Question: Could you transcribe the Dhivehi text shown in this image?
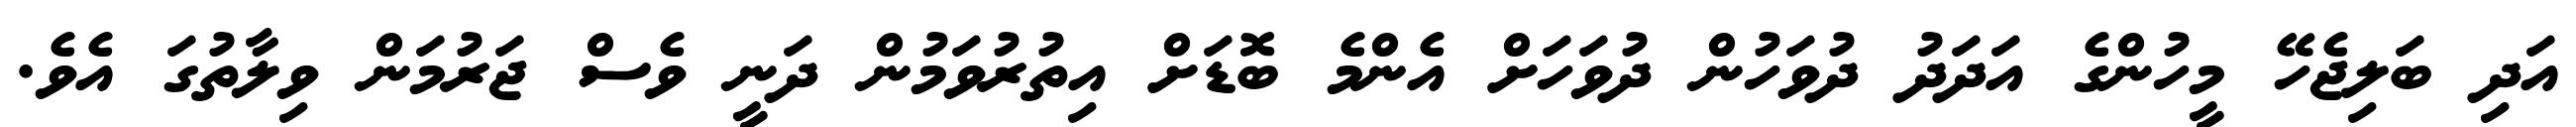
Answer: އަދި ބަލިޖެހޭ މީހުންގެ އަދަދު ދުވަހުން ދުވަހަށް އެންމެ ބޮޑަށް އިތުރުވަމުން ދަނީ ވެސް ޖަރުމަން ވިލާތުގަ އެވެ.